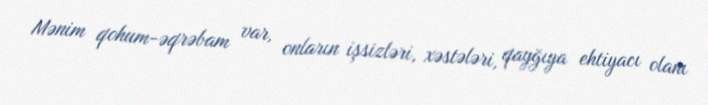
Mənim qohum-əqrəbam var, onların işsizləri, xəstələri, qayğıya ehtiyacı olanı